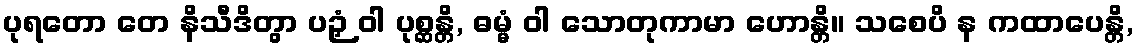
ပုရတော တေ နိသီဒိတွာ ပဉှံ ဝါ ပုစ္ဆန္တိ, ဓမ္မံ ဝါ သောတုကာမာ ဟောန္တိ။ သစေပိ န ကထာပေန္တိ,